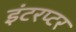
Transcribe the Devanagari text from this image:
इंटरप्टर